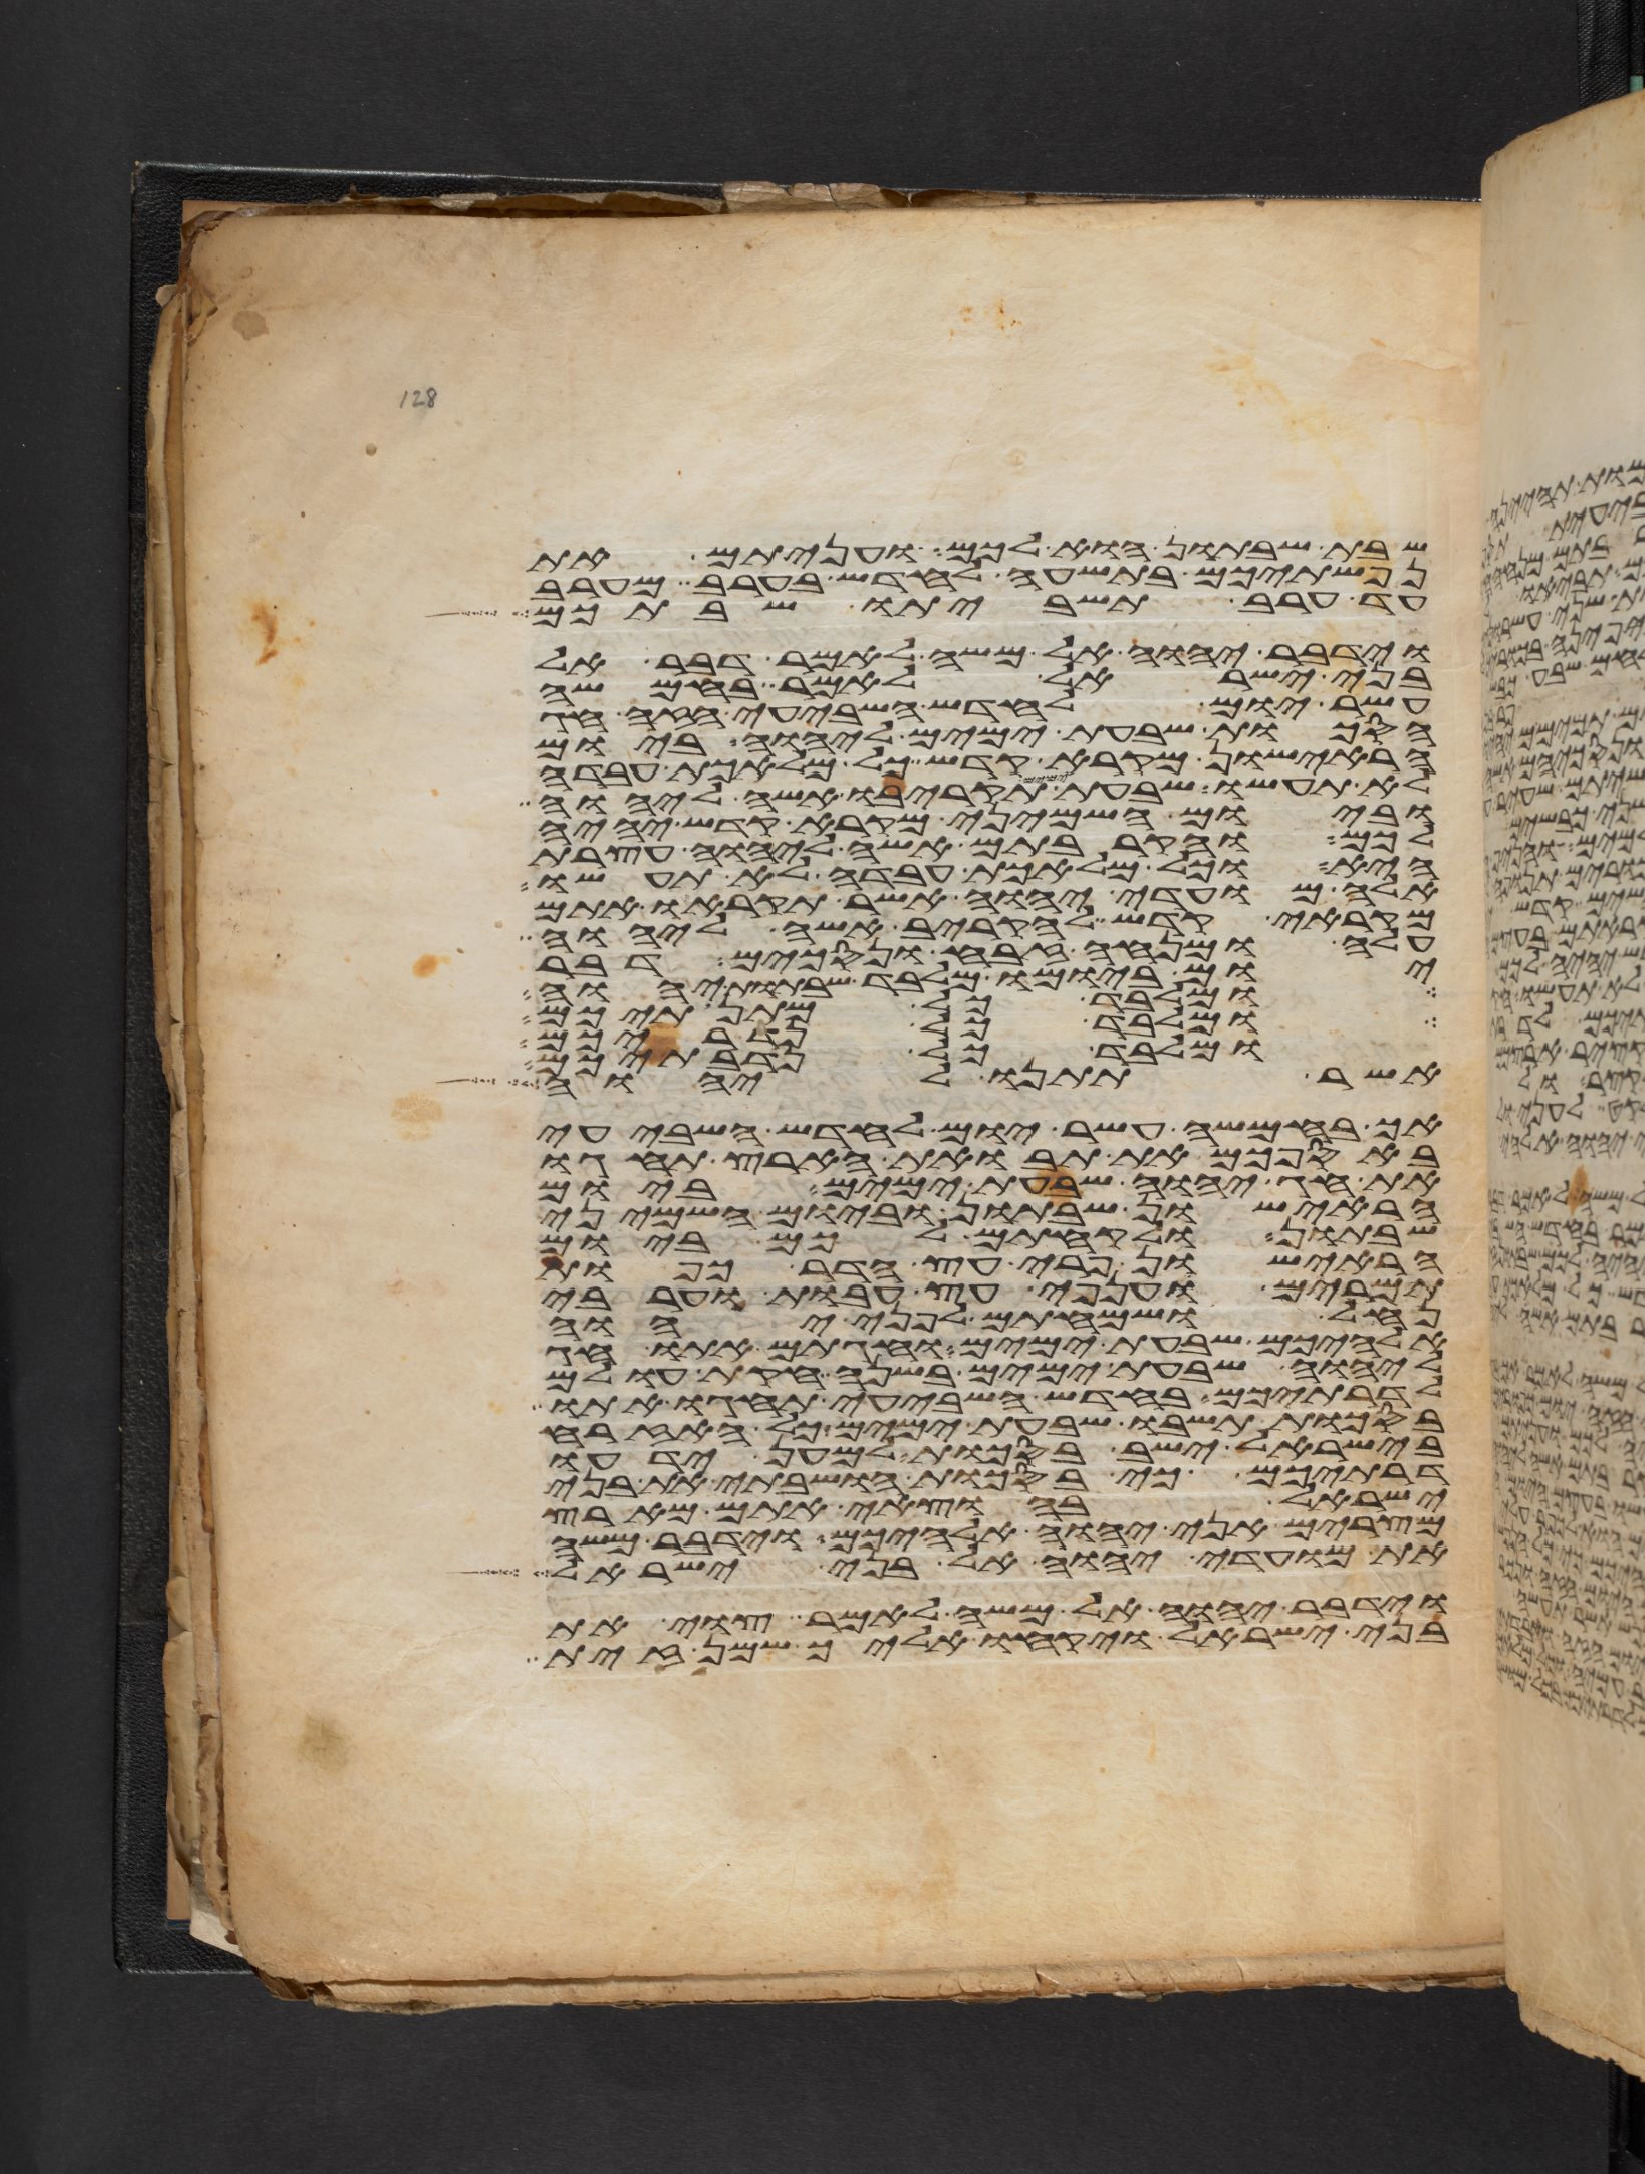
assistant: שבת שבתון הוא לכם ועניתם את
נפשתיכם בתשעה לחדש בערב מערב
עד ערב תשביתו שבתכם
וידבר יהוה אל משה לאמר דבר אל
בני ישראל לאמר בחמשה
עשר יום לחדש השביעי הזה חג
הסכות שבעת ימים ליהוה ביום
הראישון מקרא קדש כל מלאכת עבדה
לא תעשו שבעת ימים תקריבו אשה ליהוה
וביום השמיני מקרא קדש יהיה
לכם והקרבתם אשה ליהוה עצרת
היא וכל מלאכת עבדה לא תעשו
אלה מועדי יהוה אשר תקראו אתם
מקראי קדש להקריב אשה ליהוה
עלה ומנחה זבח ונסכים דבר
יום ביומו מלבד שבתות יהוה
ומלבד כל מתנתיכם
ומלבד כל נדריכם
ומלבד כל נדבתיכם
אשר תתנו ליהוה
אך בחמשה עשר יום לחדש השביעי
באספכם את תבואת הארץ תחגו
את חג יהוה שבעת ימים ביום
הראישון שבתון וביום השמיני
שבתון ולקחתם לכם ביום
הראישון פרי עץ הדר כפות
תמרים וענפי עץ עבות וערבי
נחל ושמחתם לפני יהוה
אלהיכם שבעת ימים וחגתם אתו חג
ליהוה שבעת ימים בשנה חקות עולם
לדרתיכם בחדש השביעי תחגו אתו
בסכות תשבו שבעת ימים כל האזרח
בישראל ישב בסכות למען ידעו
דרתיכם כי בסכות הושבתי את בני
ישראל בהוצאי אתם מארץ
מצרים אני יהוה אלהיכם וידבר משה
את מועדי יהוה אל בני ישראל
וידבר יהוה אל משה לאמר צוי את
בני ישראל ויקחו אליך שמן זית